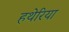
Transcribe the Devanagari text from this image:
हथेरिया